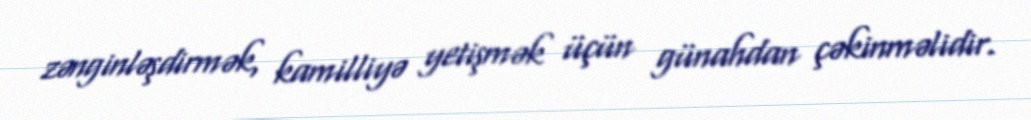
zənginləşdirmək, kamilliyə yetişmək üçün günahdan çəkinməlidir.